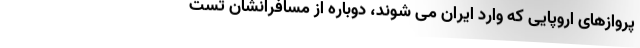
پروازهای اروپایی که وارد ایران می شوند، دوباره از مسافرانشان تست